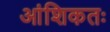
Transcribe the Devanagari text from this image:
आंशिकतः